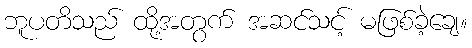
ဘူပတိသည် ထို့အတွက် အဆင်သင့် မဖြစ်ခဲ့ချေ။